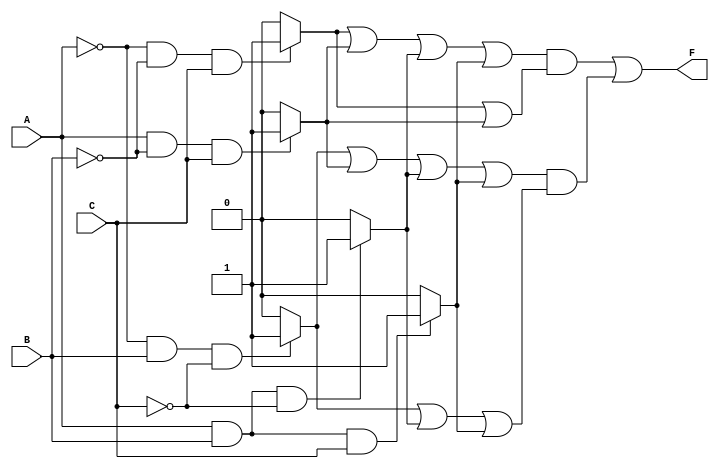
module epi_logic (
    input wire A,
    input wire B,
    input wire C,
    output wire F
);

// Define minterms for which the output should be high
localparam MINTERM_0 = 3'b000; // Minterm 0
localparam MINTERM_1 = 3'b001; // Minterm 1
localparam MINTERM_2 = 3'b010; // Minterm 2
localparam MINTERM_5 = 3'b101; // Minterm 5
localparam MINTERM_6 = 3'b110; // Minterm 6
localparam MINTERM_7 = 3'b111; // Minterm 7

// Minterm output logic
wire minterm_0 = (A == 0 && B == 0 && C == 0) ? 1 : 0;
wire minterm_1 = (A == 0 && B == 0 && C == 1) ? 1 : 0;
wire minterm_2 = (A == 0 && B == 1 && C == 0) ? 1 : 0;
wire minterm_5 = (A == 1 && B == 0 && C == 1) ? 1 : 0;
wire minterm_6 = (A == 1 && B == 1 && C == 0) ? 1 : 0;
wire minterm_7 = (A == 1 && B == 1 && C == 1) ? 1 : 0;

// Check coverage for each minterm
wire cover_1 = minterm_1 | minterm_5 | minterm_6 | minterm_7; // Example implicants for EPI assessment
wire cover_2 = minterm_2 | minterm_5 | minterm_6 | minterm_7; 

// Essential Prime Implicants determination logic
// For instance:
wire epi_1 = cover_1 & (minterm_1 || minterm_5);
wire epi_2 = cover_2 & (minterm_2 || minterm_6 || minterm_7);

// Combine essential prime implicants
assign F = epi_1 | epi_2; 

endmodule